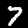
Label: 7